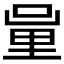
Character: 𨤦